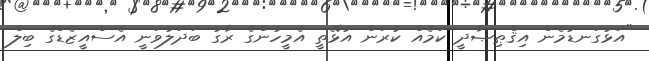
"އަޅުގަނޑުމެން އިޤްޠިޞާދީ ކަމެއް ކުރަން އުޅޭތީ އެމީހުންގެ ރާގު ބަދަލުވަނީ އެސްއީޒެޑްގެ ބިލް